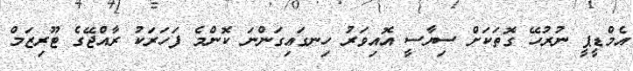
އެމްޑީޕީ ނުރުހޭ ގޮތަކަށް ސިޔާސީ އޮއިވަރު ހިނގައިގަންނަ ކޮންމެ ފަހަރަކު ރާއްޖޭގެ ޓޫރިޒަމް